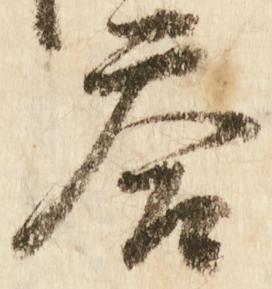
答